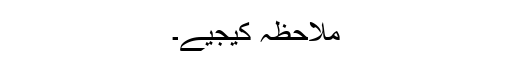
ملاحظہ کیجیے۔